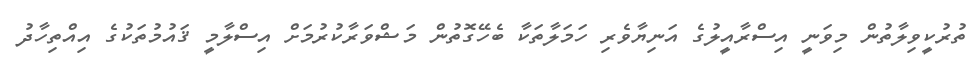
ތުރުކީވިލާތުން މިވަނީ އިސްރާއީލުގެ އަނިޔާވެރި ހަމަލާތަކާ ބެހޭގޮތުން މަޝްވަރާކުރުމަށް އިސްލާމީ ޤައުމުތަކުގެ އިއްތިހާދު